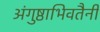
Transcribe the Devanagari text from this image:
अंगुष्ठाभिवतैनी